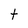
Character: t